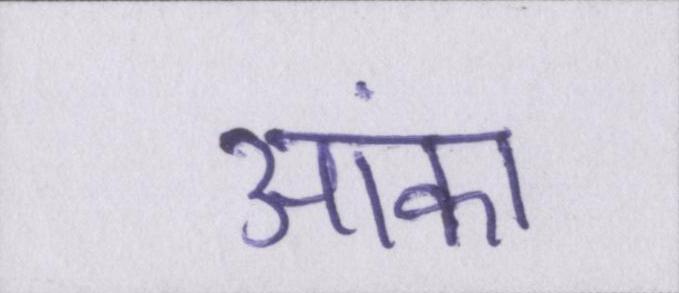
आंका